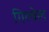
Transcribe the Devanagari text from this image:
गिल्वेल